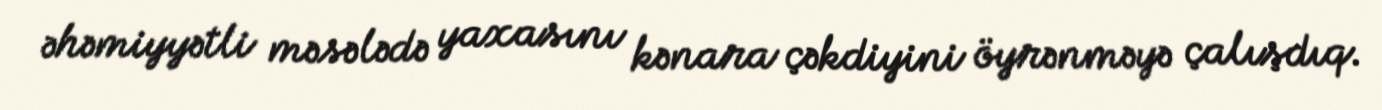
əhəmiyyətli məsələdə yaxasını kənara çəkdiyini öyrənməyə çalışdıq.